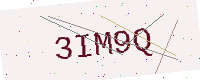
Text: 3IM9Q